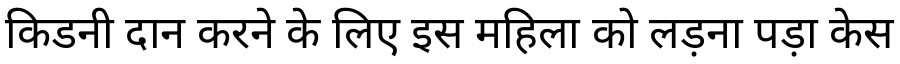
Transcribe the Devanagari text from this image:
किडनी दान करने के लिए इस महिला को लड़ना पड़ा केस